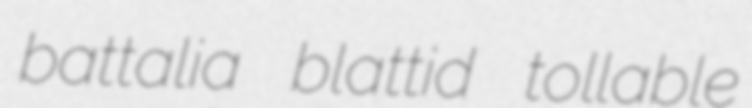
battalia blattid tollable